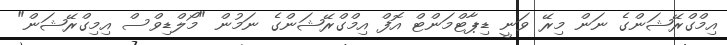
އިމްގްރޭޝަންގެ ނަން މިރޭ ވަނީ ޑިޕާޓްމަންޓް އޮފް އިމްގްރޭޝަންގެ ނަމުން "މޯލްޑިވްސް އިމިގްރޭޝަން"